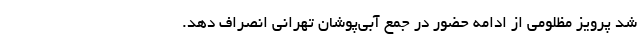
شد پرویز مظلومی از ادامه حضور در جمع آبی‌پوشان تهرانی انصراف دهد.